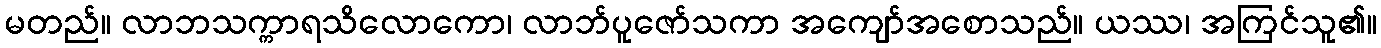
မတည်။ လာဘသက္ကာရသိလောကော၊ လာဘ်ပူဇော်သကာ အကျော်အစောသည်။ ယဿ၊ အကြင်သူ၏။